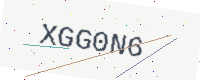
Text: XGG0N6